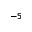
^ { - 5 }